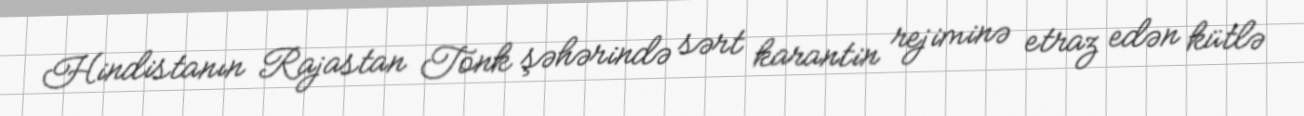
Hindistanın Rajastan Tonk şəhərində sərt karantin rejiminə etraz edən kütlə